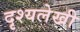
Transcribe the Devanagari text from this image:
दृश्यलेखी